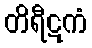
တိရီဋကံ